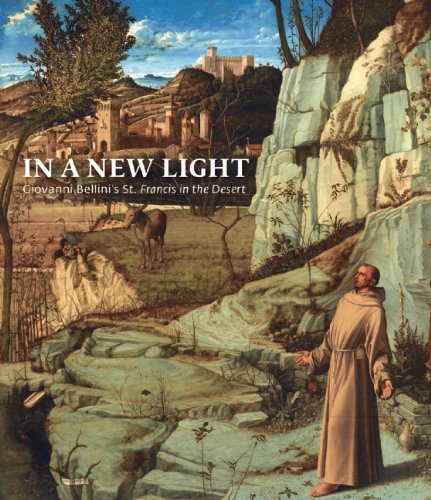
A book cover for In a New Light: Giovanni Bellini's "St. Francis in the Desert"; Susannah Rutherglen; Arts & Photography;